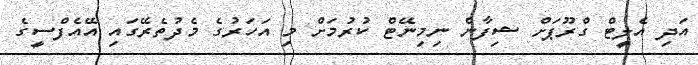
އަދި އެލީޓް ގްރޫޕަށް ޝިފާން ނިމިނޭޓް ކުރުމަށް މި އަހަރުގެ މެދުތެރޭގައި އޭއެފްސީގެ